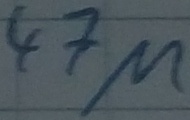
Text: 47µ